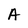
Character: A